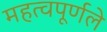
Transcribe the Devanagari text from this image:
महत्वपूर्णले